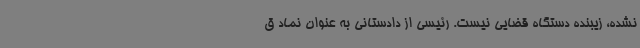
نشده، زیبنده دستگاه قضایی نیست. رئیسی از دادستانی به عنوان نماد ق